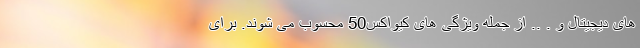
های دیجیتال و . .. از جمله ویژگی های کیواکس50 محسوب می شوند. برای